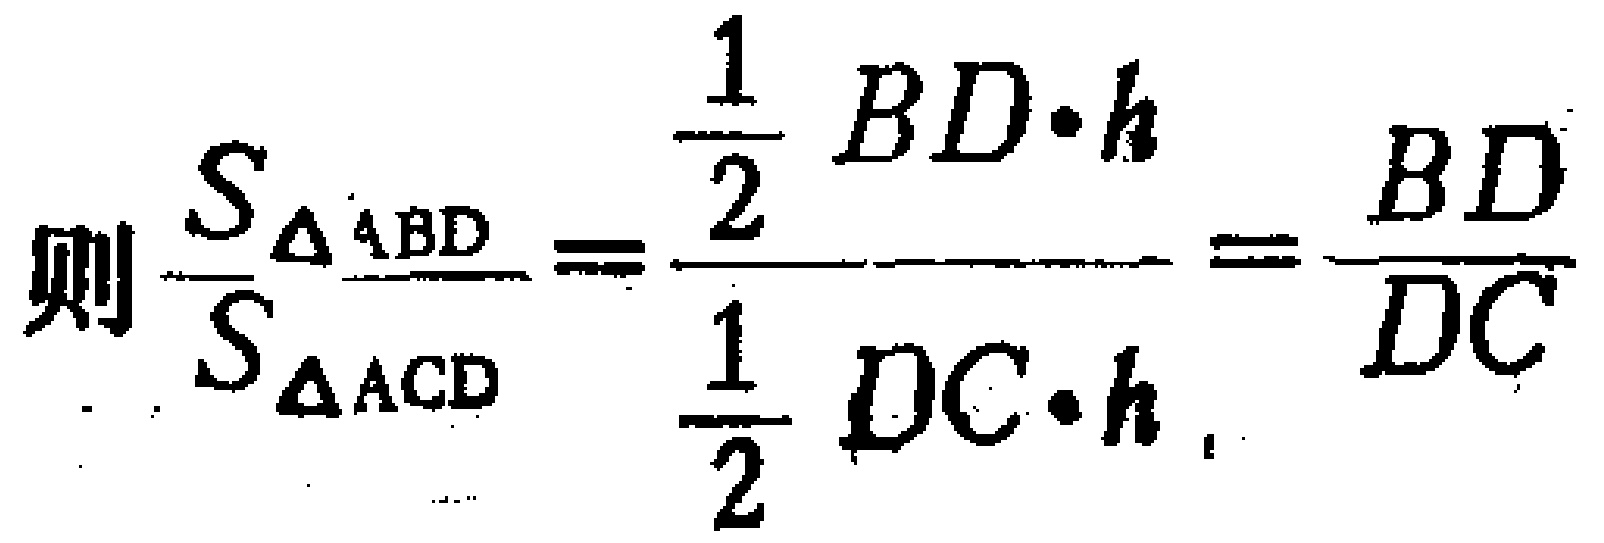
则\(\frac{S_{\triangle ABD}}{S_{\triangle ACD}}=\frac{\frac{1}{2}BD\cdot h}{\frac{1}{2}DC\cdot h}=\frac{BD}{DC}\)